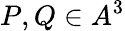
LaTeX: P,Q\in A^{3}